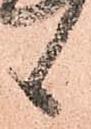
候